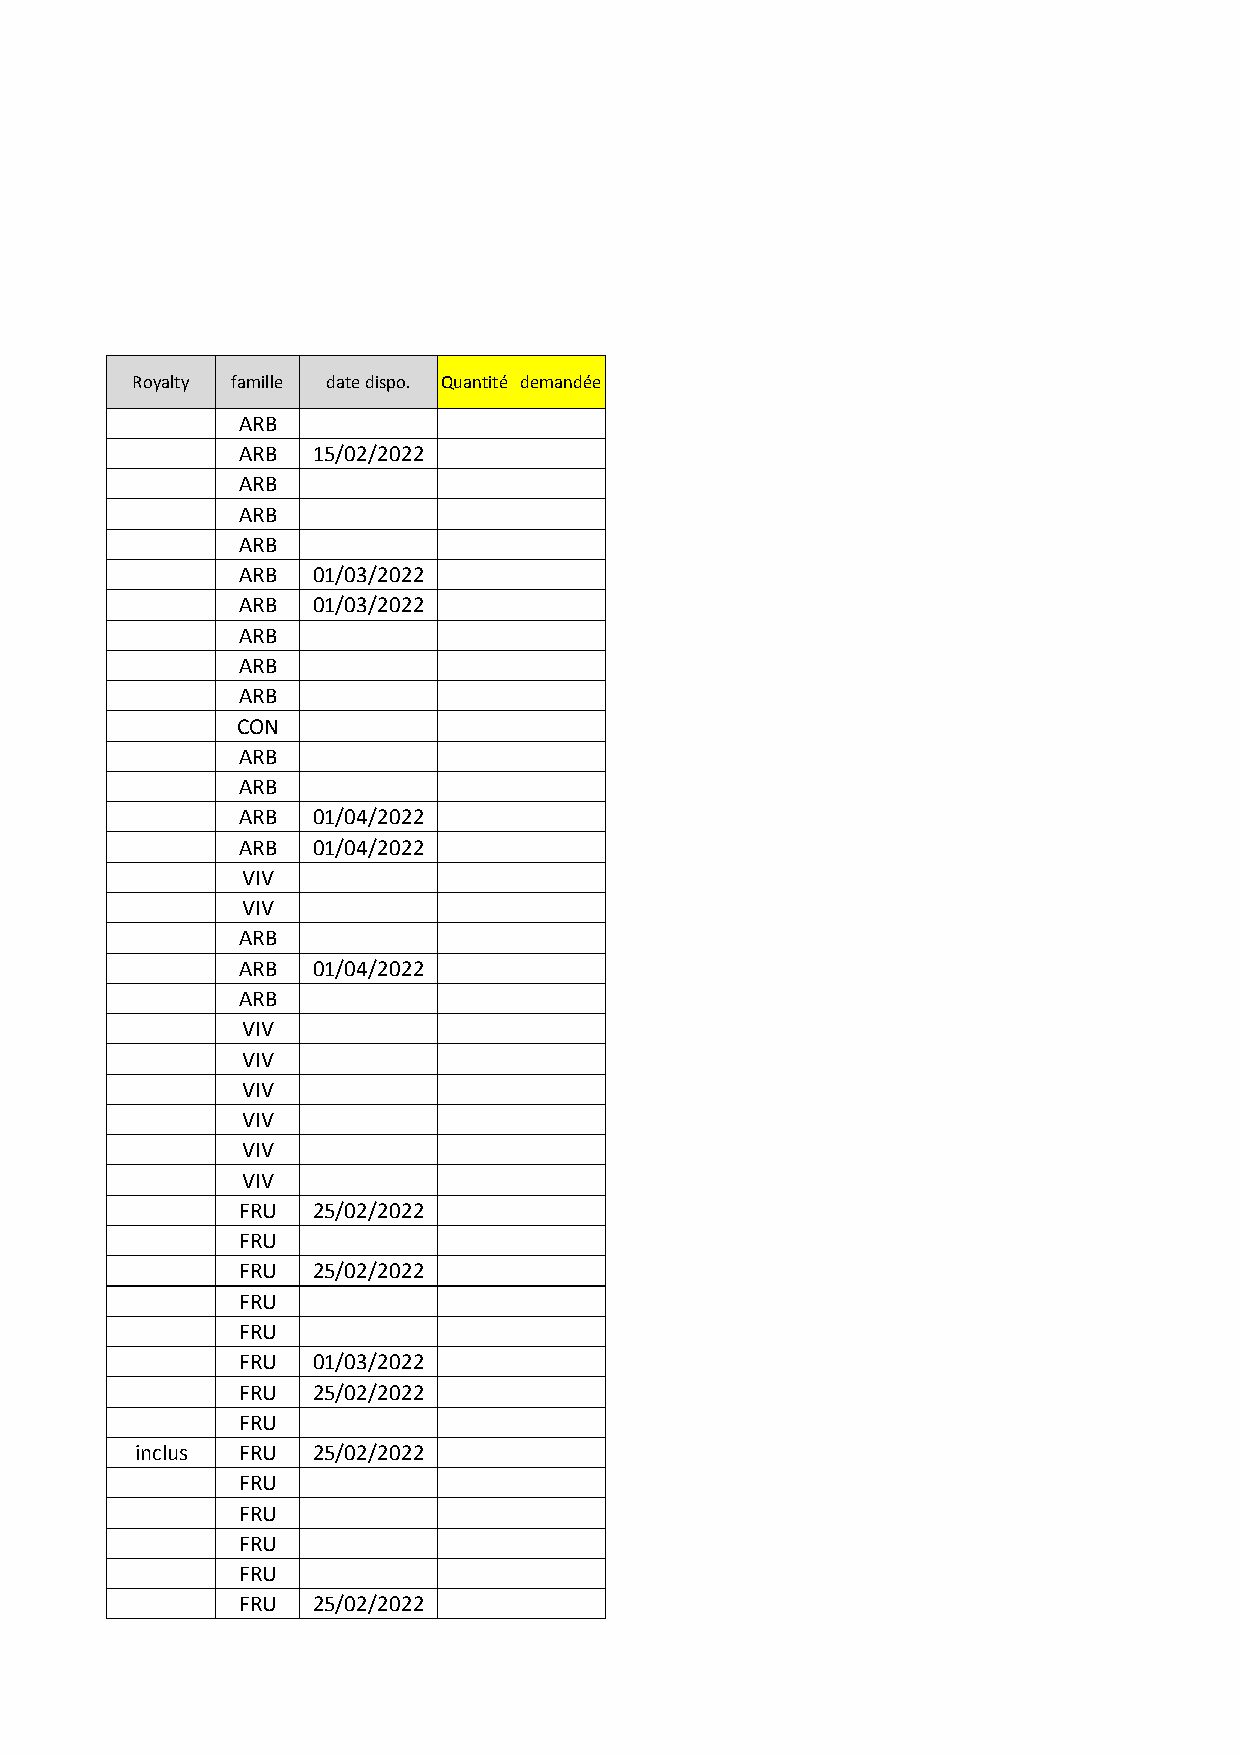
Royalty famille date dispo. Quantité demandée
 ARB
 ARB  15/02/2022
 ARB
 ARB
 ARB
 ARB  01/03/2022
 ARB  01/03/2022
 ARB
 ARB
 ARB
 CON
 ARB
 ARB
 ARB  01/04/2022
 ARB  01/04/2022
 VIV
 VIV
 ARB
 ARB  01/04/2022
 ARB
 VIV
 VIV
 VIV
 VIV
 VIV
 VIV
 FRU  25/02/2022
 FRU
 FRU  25/02/2022
 FRU
 FRU
 FRU  01/03/2022
 FRU  25/02/2022
 FRU
 inclus FRU  25/02/2022
 FRU
 FRU
 FRU
 FRU
 FRU  25/02/2022